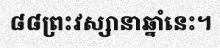
៨៨ព្រះវស្សានាឆ្នាំនេះ។